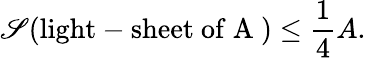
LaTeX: \mathscr{S}(\mathrm{{light-sheet~of~A~}})\leq\frac{{1}}{{4}}A.